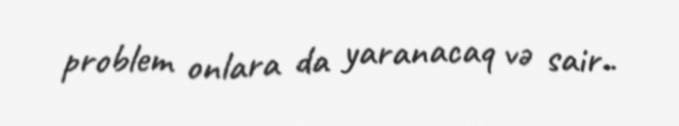
problem onlara da yaranacaq və sair..